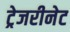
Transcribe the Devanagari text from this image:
ट्रेजरीनेट